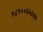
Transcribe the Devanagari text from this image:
९८९००६२३५७